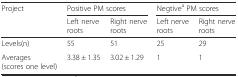
| <ROWSPAN=2> Project | <COLSPAN=2> Positive PM scores | <COLSPAN=2> Negtivea PM scores |
 | Left nerve roots | Right nerve roots | Left nerve roots | Right nerve roots |
 | --- | --- | --- | --- | --- |
 | Levels(n) | 55 | 51 | 25 | 29 |
 | Averages (scores one level) | 3.38 ± 1.35 | 3.02 ± 1.29 | 1 | 1 |